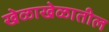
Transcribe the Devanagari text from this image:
खेळाखेळातील